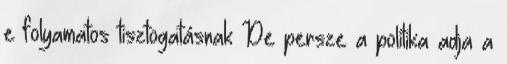
e folyamatos tisztogatásnak De persze a politika adja a